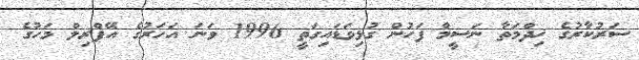
ސަރުކާރުގެ ޚިދްމަތާ ނަސީމް ފަހުން ގުޅިވަޑައިގަތީ 1996 ވަނަ އަހަރުގެ އޭޕްރިލް މަހުގެ